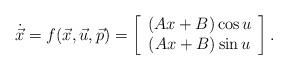
LaTeX: \begin{align*}\dot{\vec{x}}=f(\vec{x},\vec{u},\vec{p})=\left[\begin{array}{c}(Ax+B)\cos u\\(Ax+B)\sin u\end{array}\right].\end{align*}